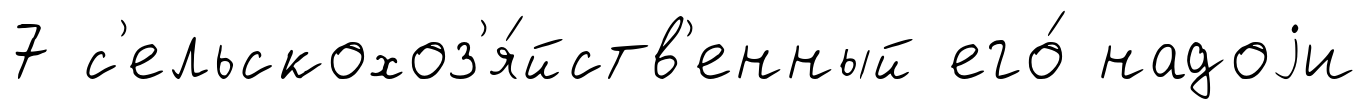
7 с'ельскохоз'я́йств'енный его́ надоjи